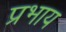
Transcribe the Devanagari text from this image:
प्रभाय